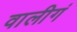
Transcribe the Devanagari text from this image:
वालीगं